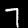
Digit: 7